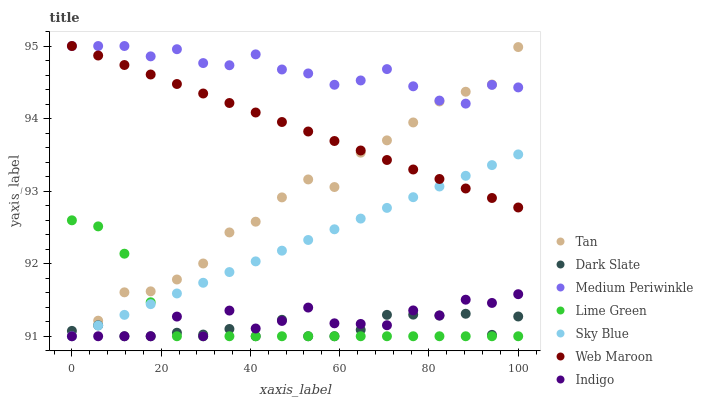
| xaxis_label | Tan | Dark Slate | Medium Periwinkle | Lime Green | Sky Blue | Web Maroon | Indigo |
 | --- | --- | --- | --- | --- | --- | --- | --- |
 | 0 | 91 | 91.1 | 95 | 92.6 | 91 | 95 | 91 |
 | 5.88 | 91.2 | 91.2 | 95 | 92.5 | 91.1 | 94.9 | 91 |
 | 11.8 | 91.6 | 91 | 95 | 92.1 | 91.3 | 94.7 | 91 |
 | 17.6 | 91.6 | 91 | 94.9 | 91.5 | 91.4 | 94.6 | 91 |
 | 23.5 | 91.8 | 91 | 95 | 91 | 91.6 | 94.5 | 91.3 |
 | 29.4 | 92 | 91 | 94.8 | 91 | 91.7 | 94.3 | 91 |
 | 35.3 | 92.4 | 91.1 | 94.7 | 91 | 91.9 | 94.2 | 91.4 |
 | 41.2 | 92.6 | 91 | 94.9 | 91 | 92 | 94.1 | 91.1 |
 | 47.1 | 92.9 | 91.2 | 94.7 | 91 | 92.2 | 94 | 91.2 |
 | 52.9 | 93.2 | 91 | 94.6 | 91 | 92.3 | 93.8 | 91.4 |
 | 58.8 | 93.1 | 91 | 94.5 | 91 | 92.5 | 93.7 | 91.2 |
 | 64.7 | 93.5 | 91.1 | 94.5 | 91 | 92.6 | 93.6 | 91.2 |
 | 70.6 | 93.7 | 91.3 | 94.7 | 91 | 92.8 | 93.4 | 91.2 |
 | 76.5 | 93.9 | 91.3 | 94.4 | 91 | 92.9 | 93.3 | 91.4 |
 | 82.4 | 94.2 | 91.3 | 94.2 | 91 | 93.1 | 93.2 | 91.3 |
 | 88.2 | 94.4 | 91.3 | 94.2 | 91 | 93.2 | 93 | 91.5 |
 | 94.1 | 94.5 | 91 | 94.5 | 91 | 93.4 | 92.9 | 91.5 |
 | 100 | 95 | 91.3 | 94.4 | 91 | 93.5 | 92.8 | 91.6 |